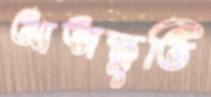
আত্মস্তুতি